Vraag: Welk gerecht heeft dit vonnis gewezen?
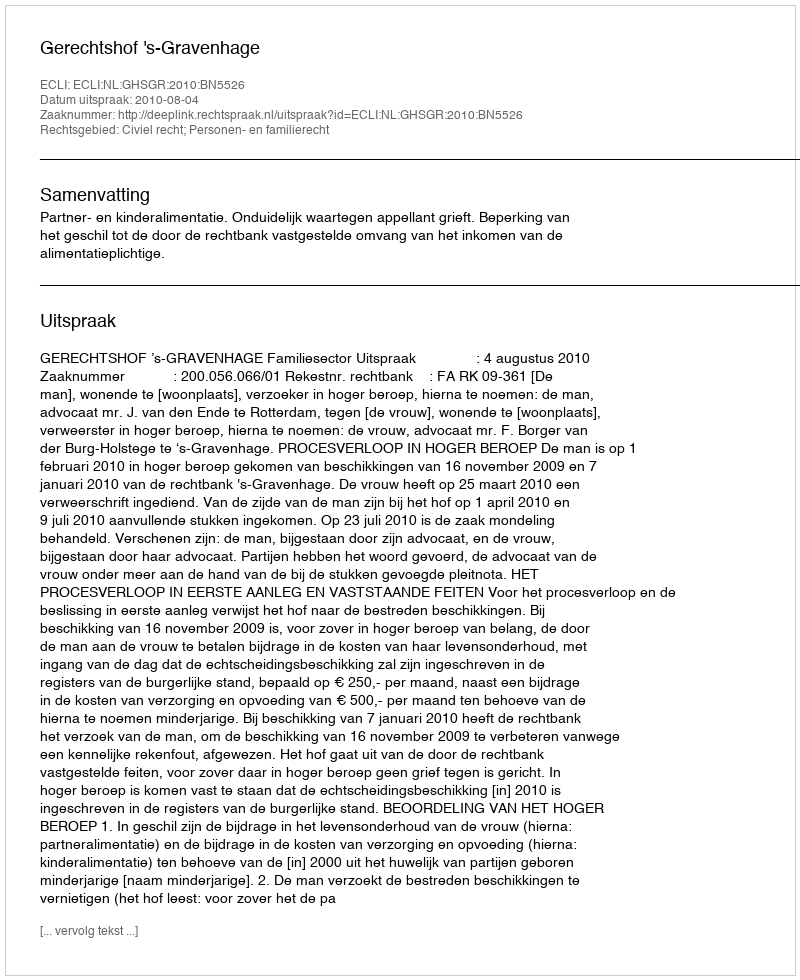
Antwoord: Gerechtshof 's-Gravenhage